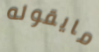
مايقوله